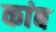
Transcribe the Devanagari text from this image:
कांब